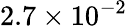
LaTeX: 2.7\times 10^{-2}